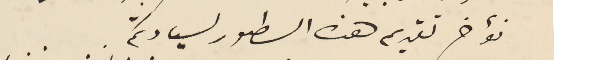
نؤخر تقديم هذه السطور لسيادتكم